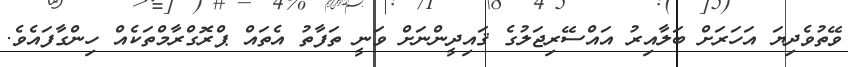
ވޭތުވެދިޔަ އަހަރަށް ބަލާއިރު އައްސޭރިޖަލުގެ ޤައިދީންނަށް ވަނީ ތަފާތު އެތައް ޕްރޮގްރާމްތަކެއް ހިންގާފައެވެ.